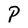
Character: P